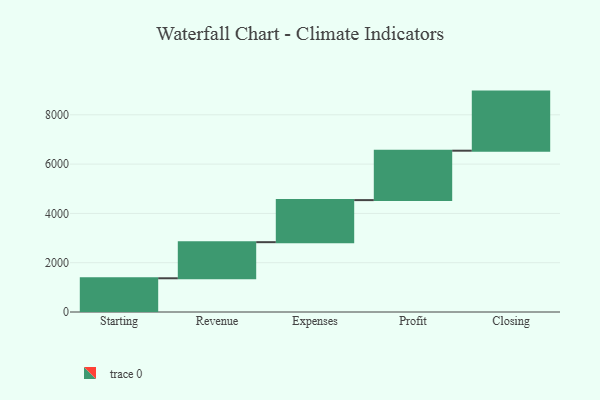
{"axis": {"x": "Step", "y": "Value"}, "legend": [""], "data": [{"x": "Starting", "y": 1368.0, "type": ""}, {"x": "Revenue", "y": 1465.0, "type": ""}, {"x": "Expenses", "y": 1706.0, "type": ""}, {"x": "Profit", "y": 2005.0, "type": ""}, {"x": "Closing", "y": 2397.0, "type": ""}]}